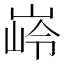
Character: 𮱭